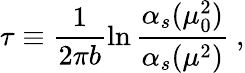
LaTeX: \tau\equiv\frac{1}{2\pi b}\ln\frac{\alpha_{s}(\mu_{0}^{2})}{\alpha_{s}(\mu^{2})}\ ,